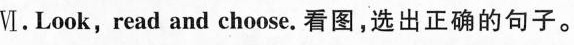
Ⅵ.Look, read and choose.看图,选出正确的句子.